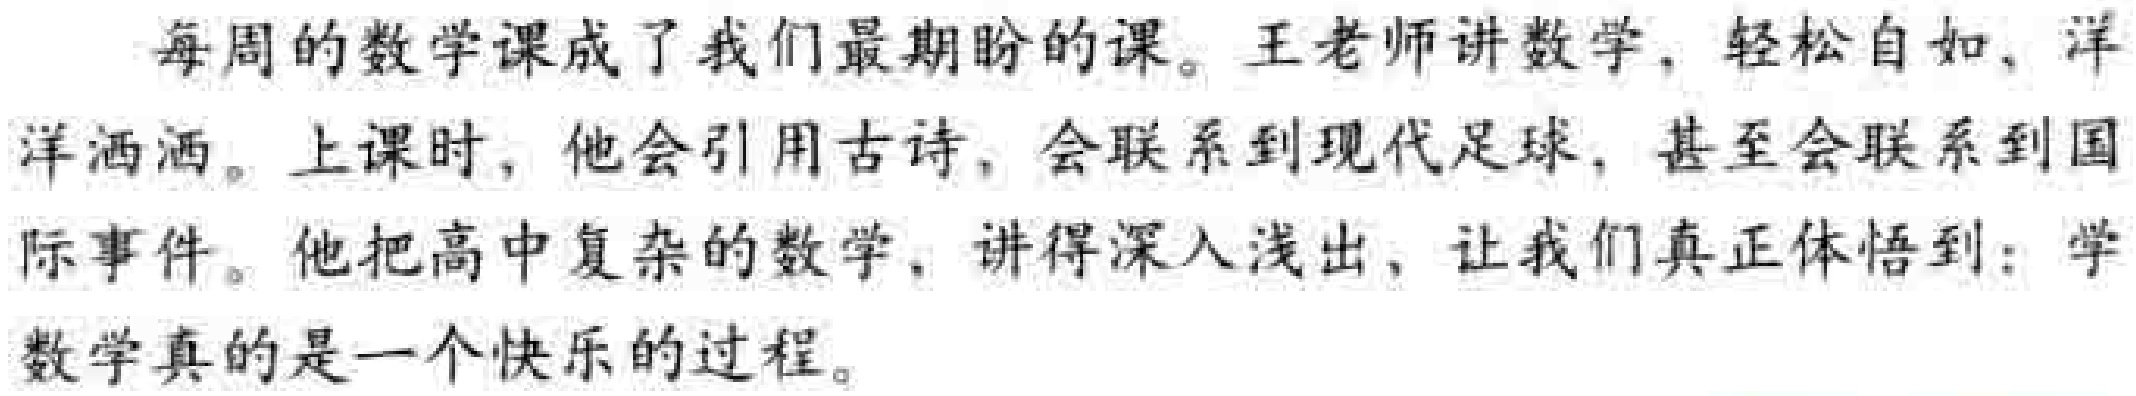
每周的数学课成了我们最期盼的课。王老师讲数学，轻松自如、洋洋洒洒。上课时，他会引用古诗，会联系到现代足球，甚至会联系到国际事件。他把高中复杂的数学，讲得深入浅出，让我们真正体悟到：学数学真的是一个快乐的过程。